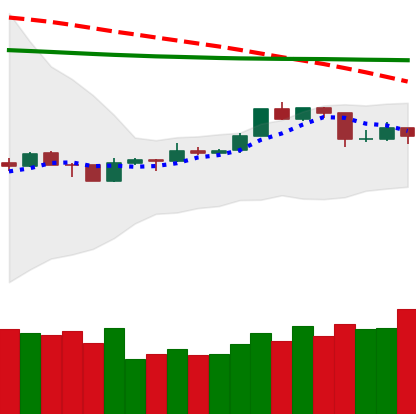
Ticker: TRX-USD
Chart end date: 2020-04-13
Forward return: 6.23%
Label: up_5_7